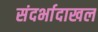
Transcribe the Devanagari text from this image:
संदर्भादाखल